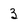
Character: 3